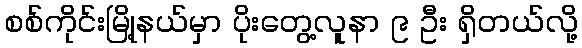
စစ်ကိုင်းမြို့နယ်မှာ ပိုးတွေ့လူနာ ၉ ဦး ရှိတယ်လို့